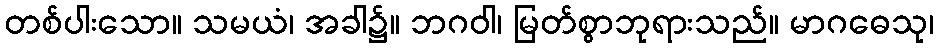
တစ်ပါးသော။ သမယံ၊ အခါ၌။ ဘဂဝါ၊ မြတ်စွာဘုရားသည်။ မာဂဓေသု၊